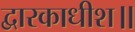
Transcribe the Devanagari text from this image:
द्वारकाधीश॥